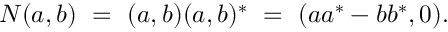
N ( a , b ) \ = \ ( a , b ) ( a , b ) ^ { * } \ = \ ( a a ^ { * } - b b ^ { * } , 0 ) .